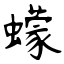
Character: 蠓